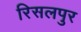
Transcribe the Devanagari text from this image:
रिसलपुर